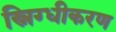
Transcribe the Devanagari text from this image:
स्निग्धीकरण